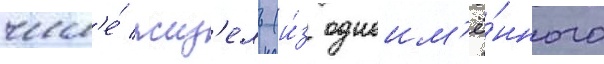
числ'е́ жиз'ель (и́з одноим'ё́нного